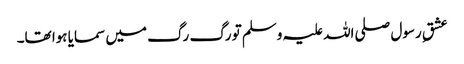
عشقِ رسول صلی اللہ علیہ وسلم تو رگ رگ میں سمایا ہوا تھا۔